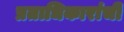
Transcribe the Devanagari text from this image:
प्रताधिकारांची